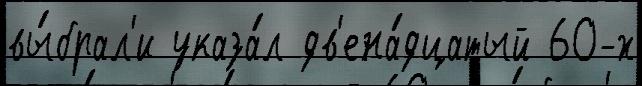
вы́брал'и указа́л дв'ена́дцатый 60-х